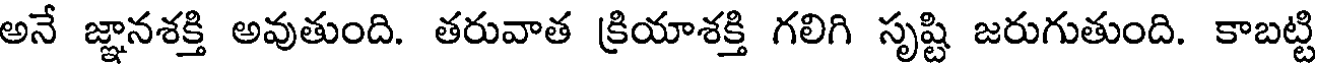
అనే జ్ఞానశక్తి అవుతుంది. తరువాత క్రియాశక్తి గలిగి సృష్టి జరుగుతుంది. కాబట్టి